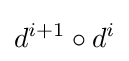
d^{i+1}\circ d^{i}